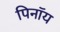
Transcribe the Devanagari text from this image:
पिनॉय